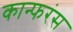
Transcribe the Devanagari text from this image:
कान्फरंस